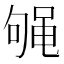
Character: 𱌁